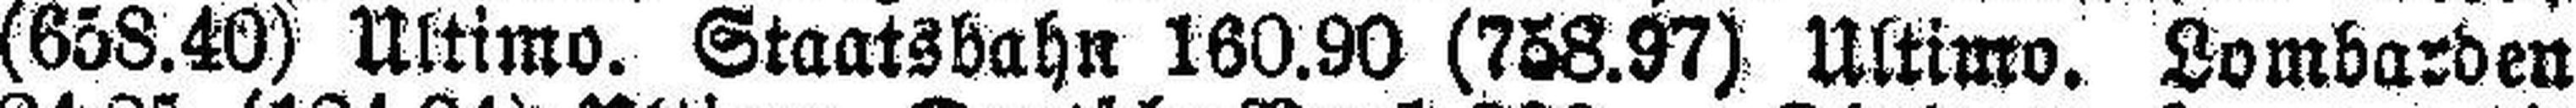
(658.40) Ultimo. Staatsbahn 160.90 (758.97) Ultimo. Lombarden